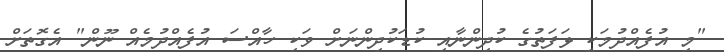
"މި އުފެއްދުމަކީ ޅަފަތުގެ ކުދިންނާއި ކުޑަކުދިންނަށް ވަކި ހާއްސަ އުފެއްދުމެއް ނޫން" އެގޮތަށް